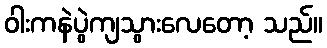
ဝါးကနဲပွဲကျသွားလေတော့ သည်။